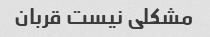
مشکلی نیست قربان